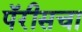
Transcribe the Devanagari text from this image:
पॅरीसचा